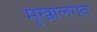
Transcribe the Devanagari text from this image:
मुखालगत